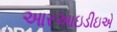
આરઆઇડીઇએ